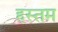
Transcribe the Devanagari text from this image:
हस्तम